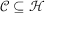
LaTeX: { \mathcal { C } } \subseteq { \mathcal { H } }